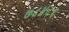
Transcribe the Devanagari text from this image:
७८४८६